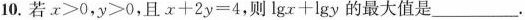
10.若$$x ＞ 0$$，$$y > 0$$，且$$x + 2 y = 4$$，则$$l g x + l g y$$的最大值是___.